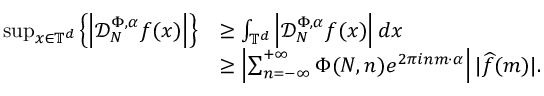
\begin{array} { r l } { \operatorname* { s u p } _ { x \in \mathbb { T } ^ { d } } \left\{ \left| \mathcal D _ { N } ^ { \Phi , \alpha } f ( x ) \right| \right\} } & { \geq \int _ { \mathbb { T } ^ { d } } \left| \mathcal D _ { N } ^ { \Phi , \alpha } f ( x ) \right| d x } \\ & { \geq \left\vert \sum _ { n = - \infty } ^ { + \infty } \Phi ( N , n ) e ^ { 2 \pi i n m \cdot \alpha } \right\vert \vert \widehat { f } ( m ) \vert . } \end{array}